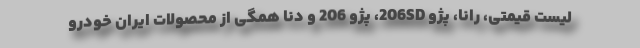
لیست قیمتی، رانا، پژو 206SD، پژو 206 و دنا همگی از محصولات ایران خودرو